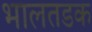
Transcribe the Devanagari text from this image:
भालतडक